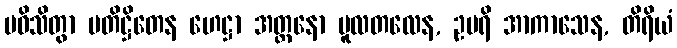
ပဝိသိတွာ ပတိဋ္ဌိတေန ဟေဋ္ဌာ အတ္တနော မူလတလေန, ဥပရိ အာကာသေန, တိရိယံ